Report of an investigation of the epidemic of malarial fever in Assam, or, kala-azar
Disease focus: Malaria
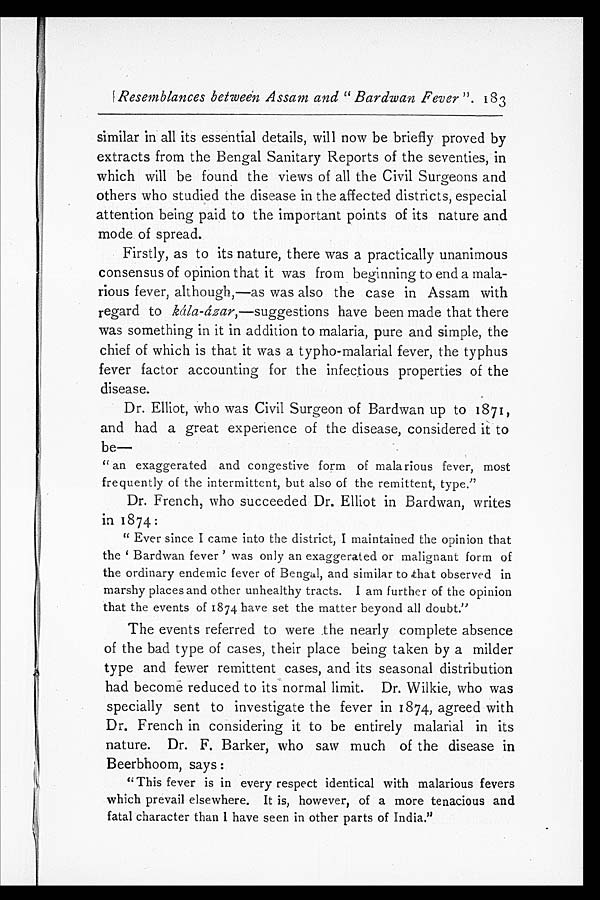
Resemblances between Assam and "Bardwan Fever". 183
similar in all its essential details, will now be briefly proved by
extracts from the Bengal Sanitary Reports of the seventies, in
which will be found the views of all the Civil Surgeons and
others who studied the disease in the affected districts, especial
attention being paid to the important points of its nature and
mode of spread.
Firstly, as to its nature, there was a practically unanimous
consensus of opinion that it was from beginning to end a mala-
rious fever, although,—as was also the case in Assam with
regard to kála-ázar,—suggestions have been made that there
was something in it in addition to malaria, pure and simple, the
chief of which is that it was a typho-malarial fever, the typhus
fever factor accounting for the infectious properties of the
disease.
Dr. Elliot, who was Civil Surgeon of Bardwan up to 1871,
and had a great experience of the disease, considered it to
be —
"an exaggerated and congestive form of malarious fever, most
frequently of the intermittent, but also of the remittent, type."
Dr. French, who succeeded Dr. Elliot in Bardwan, writes
in 1874:
"Ever since I came into the district, I maintained the opinion that
t h e ' B a r d w a n f e v e r ' w a s o n l y a n e x a g g e r a t e d o r m a l i g n a n t f o r m o f
the ordinary endemic fever of Bengal, and similar to that observed in
marshy places and other unhealthy tracts. I am further of the opinion
that the events of 1874 have set the matter beyond all doubt."
The events referred to were the nearly complete absence
of the bad type of cases, their place being taken by a milder
type and fewer remittent cases, and its seasonal distribution
had become reduced to its normal limit. Dr. Wilkie, who was
specially sent to investigate the fever in 1874, agreed with
Dr. French in considering it to be entirely malarial in its
nature. Dr. F. Barker, who saw much of the disease in
Beerbhoom, says:
"This fever is in every respect identical with malarious fevers
which prevail elsewhere. It is, however, of a more tenacious and
fatal character than I have seen in other parts of India."